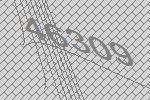
46309